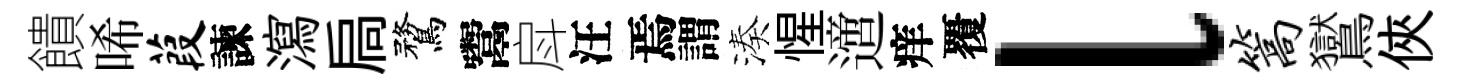
饋唏葭諫瀉扃鶩鬻戽汪焉謂湊惺𨗁痒覆l篙鸑俠